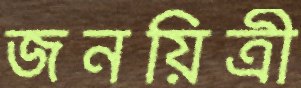
জনয়িত্রী